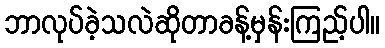
ဘာလုပ်ခဲ့သလဲဆိုတာခန့်မှန်းကြည့်ပါ။